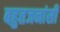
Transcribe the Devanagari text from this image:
बहुतजनांसी